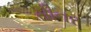
સીનર